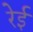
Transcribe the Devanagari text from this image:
रेई